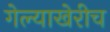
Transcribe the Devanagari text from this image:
गेल्याखेरीच